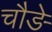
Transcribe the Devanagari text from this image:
चौङे